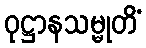
ဝုဋ္ဌာနသမ္မုတိံ